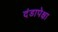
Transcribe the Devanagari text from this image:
दंडापेक्षा